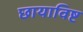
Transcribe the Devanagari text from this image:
छायाविष्ट